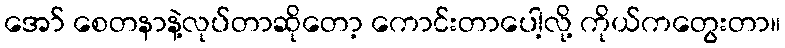
အော် စေတနာနဲ့လုပ်တာဆိုတော့ ကောင်းတာပေါ့လို့ ကိုယ်ကတွေးတာ။